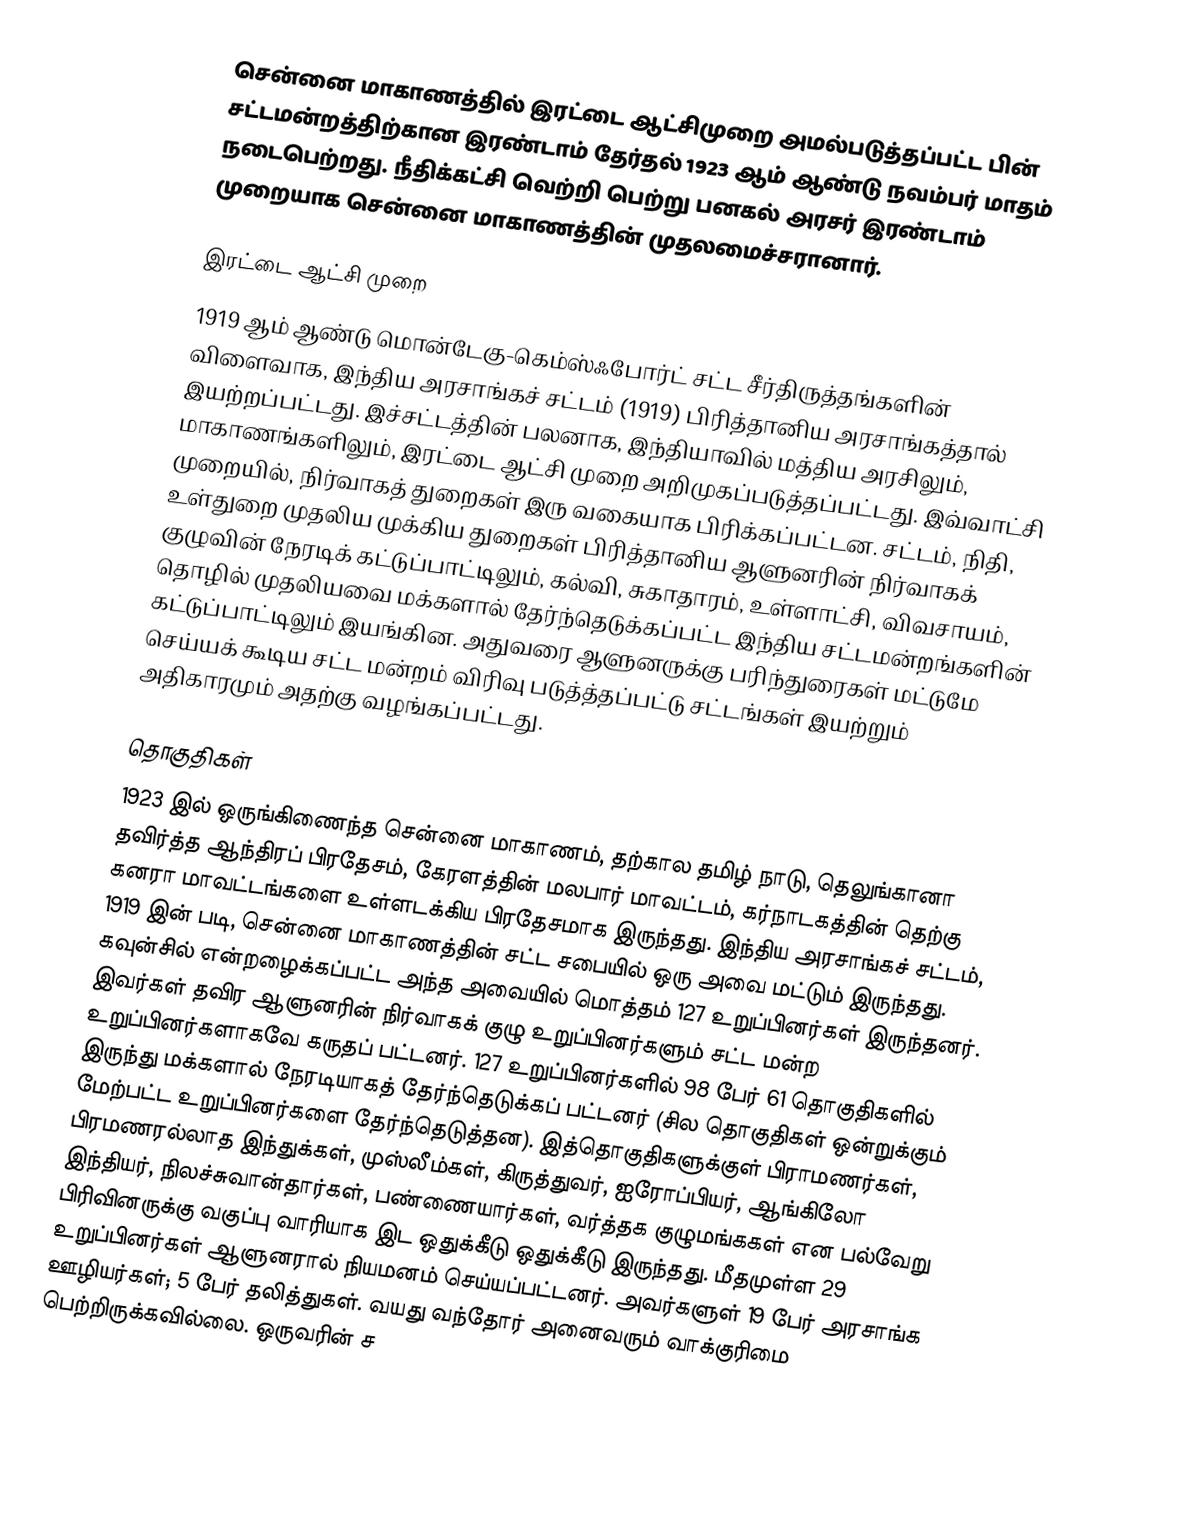
சென்னை மாகாணத்தில் இரட்டை ஆட்சிமுறை அமல்படுத்தப்பட்ட பின் சட்டமன்றத்திற்கான இரண்டாம் தேர்தல் 1923 ஆம் ஆண்டு நவம்பர் மாதம் நடைபெற்றது. நீதிக்கட்சி வெற்றி பெற்று பனகல் அரசர் இரண்டாம் முறையாக சென்னை மாகாணத்தின் முதலமைச்சரானார்.

இரட்டை ஆட்சி முறை
1919 ஆம் ஆண்டு மொன்டேகு-கெம்ஸ்ஃபோர்ட் சட்ட சீர்திருத்தங்களின் விளைவாக, இந்திய அரசாங்கச் சட்டம் (1919) பிரித்தானிய அரசாங்கத்தால் இயற்றப்பட்டது. இச்சட்டத்தின் பலனாக, இந்தியாவில் மத்திய அரசிலும், மாகாணங்களிலும், இரட்டை ஆட்சி முறை அறிமுகப்படுத்தப்பட்டது. இவ்வாட்சி முறையில், நிர்வாகத் துறைகள் இரு வகையாக பிரிக்கப்பட்டன. சட்டம், நிதி, உள்துறை முதலிய முக்கிய துறைகள் பிரித்தானிய ஆளுனரின் நிர்வாகக் குழுவின் நேரடிக் கட்டுப்பாட்டிலும், கல்வி, சுகாதாரம், உள்ளாட்சி, விவசாயம், தொழில் முதலியவை மக்களால் தேர்ந்தெடுக்கப்பட்ட இந்திய சட்டமன்றங்களின் கட்டுப்பாட்டிலும் இயங்கின. அதுவரை ஆளுனருக்கு பரிந்துரைகள் மட்டுமே செய்யக் கூடிய சட்ட மன்றம் விரிவு படுத்த்தப்பட்டு சட்டங்கள் இயற்றும் அதிகாரமும் அதற்கு வழங்கப்பட்டது.

தொகுதிகள்
1923 இல் ஒருங்கிணைந்த சென்னை மாகாணம், தற்கால தமிழ் நாடு, தெலுங்கானா தவிர்த்த ஆந்திரப் பிரதேசம், கேரளத்தின் மலபார் மாவட்டம், கர்நாடகத்தின் தெற்கு கனரா மாவட்டங்களை உள்ளடக்கிய பிரதேசமாக இருந்தது. இந்திய அரசாங்கச் சட்டம், 1919 இன் படி, சென்னை மாகாணத்தின் சட்ட சபையில் ஒரு அவை மட்டும் இருந்தது. கவுன்சில் என்றழைக்கப்பட்ட அந்த அவையில் மொத்தம் 127 உறுப்பினர்கள் இருந்தனர். இவர்கள் தவிர ஆளுனரின் நிர்வாகக் குழு உறுப்பினர்களும் சட்ட மன்ற உறுப்பினர்களாகவே கருதப் பட்டனர். 127 உறுப்பினர்களில் 98 பேர் 61 தொகுதிகளில் இருந்து மக்களால் நேரடியாகத் தேர்ந்தெடுக்கப் பட்டனர் (சில தொகுதிகள் ஒன்றுக்கும் மேற்பட்ட உறுப்பினர்களை தேர்ந்தெடுத்தன). இத்தொகுதிகளுக்குள் பிராமணர்கள், பிரமணரல்லாத இந்துக்கள், முஸ்லீம்கள், கிருத்துவர், ஐரோப்பியர், ஆங்கிலோ இந்தியர், நிலச்சுவான்தார்கள், பண்ணையார்கள், வர்த்தக குழுமங்ககள் என பல்வேறு பிரிவினருக்கு வகுப்பு வாரியாக இட ஒதுக்கீடு ஒதுக்கீடு இருந்தது. மீதமுள்ள 29 உறுப்பினர்கள் ஆளுனரால் நியமனம் செய்யப்பட்டனர். அவர்களுள் 19 பேர் அரசாங்க ஊழியர்கள்; 5 பேர் தலித்துகள். வயது வந்தோர் அனைவரும் வாக்குரிமை பெற்றிருக்கவில்லை. ஒருவரின் ச